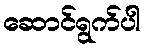
ဆောင်ရွက်ပါ